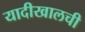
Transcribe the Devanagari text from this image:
यादीखालची